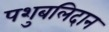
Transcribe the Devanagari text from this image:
पशुबलिदान